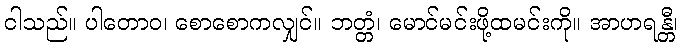
ငါသည်။ ပါတောဝ၊ စောစောကလျှင်။ ဘတ္တံ၊ မောင်မင်းဖို့ထမင်းကို။ အာဟရန္တီ၊